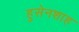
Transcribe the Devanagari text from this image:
हुसेनशाह